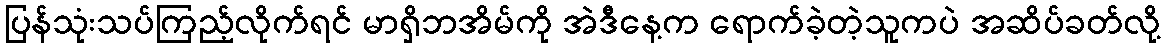
ပြန်သုံးသပ်ကြည့်လိုက်ရင် မာရှိဘအိမ်ကို အဲဒီနေ့က ရောက်ခဲ့တဲ့သူကပဲ အဆိပ်ခတ်လို့